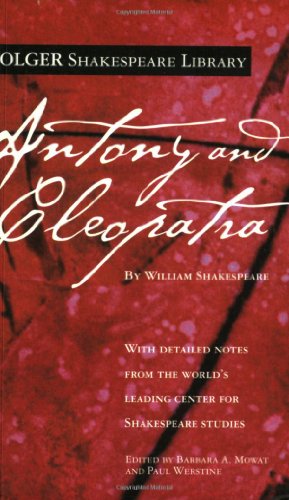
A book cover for Antony and Cleopatra (Folger Shakespeare Library); William Shakespeare; Literature & Fiction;